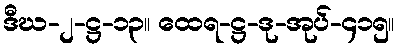
ဒီဃ-၂-ဋ္ဌ-၁၃။ ထေရ-ဋ္ဌ-ဒု-အုပ်-၄၁၅။